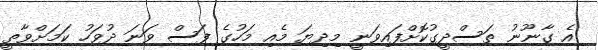
އެ ގާނޫނު ތަސްދީގުކޮށްފައިވަނީ މިދިޔަ މެއި މަހުގެ ފަސް ވަނަ ދުވަހު ކަމަށްވާތީ